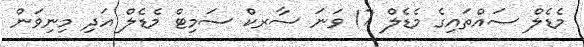
މެޑެލް ސައްތައިގެ މެޑެލް 17 ވަނަ ސާރކް ސަމިޓް މެޑެލް އަދި މިނިވަން